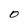
Character: O